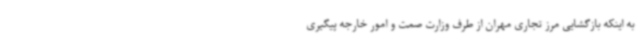
به اینکه بازگشایی مرز تجاری مهران از طرف وزارت صمت و امور خارجه پیگیری